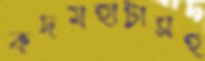
কদমহাটাসহ